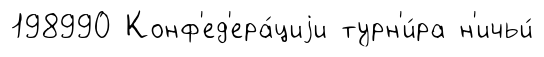
198990 Конф'ед'ера́циjи турн'и́ра н'ичьи́